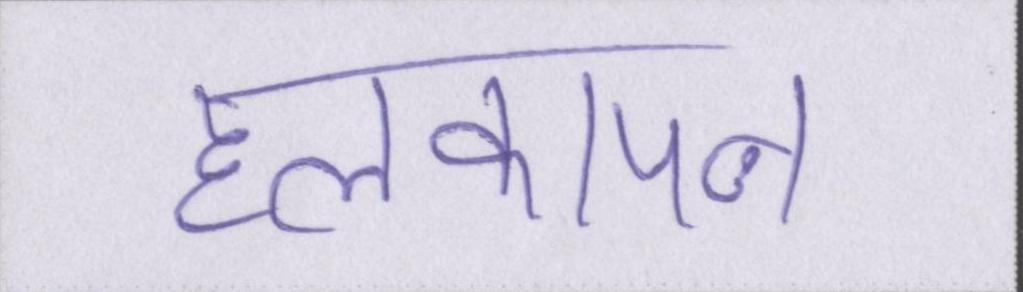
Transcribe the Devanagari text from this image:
हलकापन